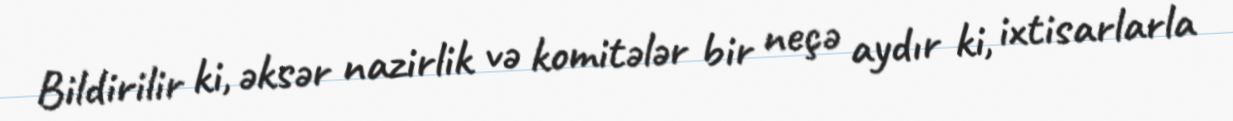
Bildirilir ki, əksər nazirlik və komitələr bir neçə aydır ki, ixtisarlarla